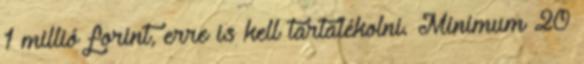
1 millió forint, erre is kell tartalékolni. Minimum 20